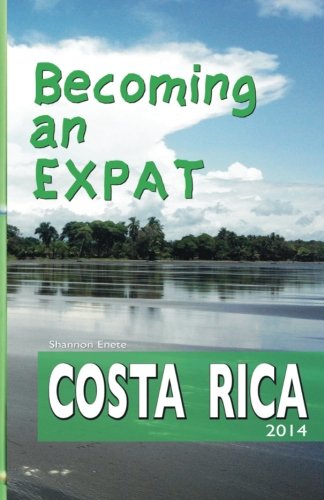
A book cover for Becoming an Expat: Costa Rica 2014 (Volume 1); Shannon Enete; Travel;